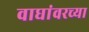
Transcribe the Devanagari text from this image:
वाघांवरच्या